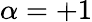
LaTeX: \alpha=+1